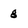
Character: g